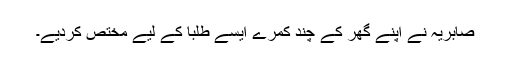
صابریہ نے اپنے گھر کے چند کمرے ایسے طلبا کے لیے مختص کردیے۔